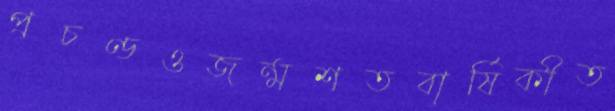
প্রচণ্ডওজন্মশতবার্ষিকীত